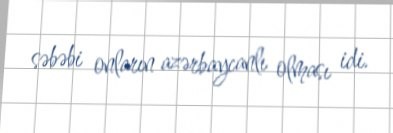
səbəbi onların azərbaycanlı olması idi.